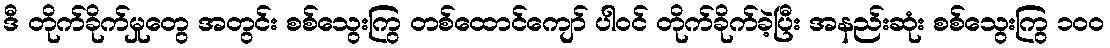
ဒီ တိုက်ခိုက်မှုတွေ အတွင်း စစ်သွေးကြွ တစ်ထောင်ကျော် ပါဝင် တိုက်ခိုက်ခဲ့ပြီး အနည်းဆုံး စစ်သွေးကြွ ၁၀၀